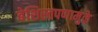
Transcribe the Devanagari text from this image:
बेशिस्तपणामुळे